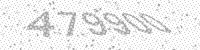
Solution: 479900